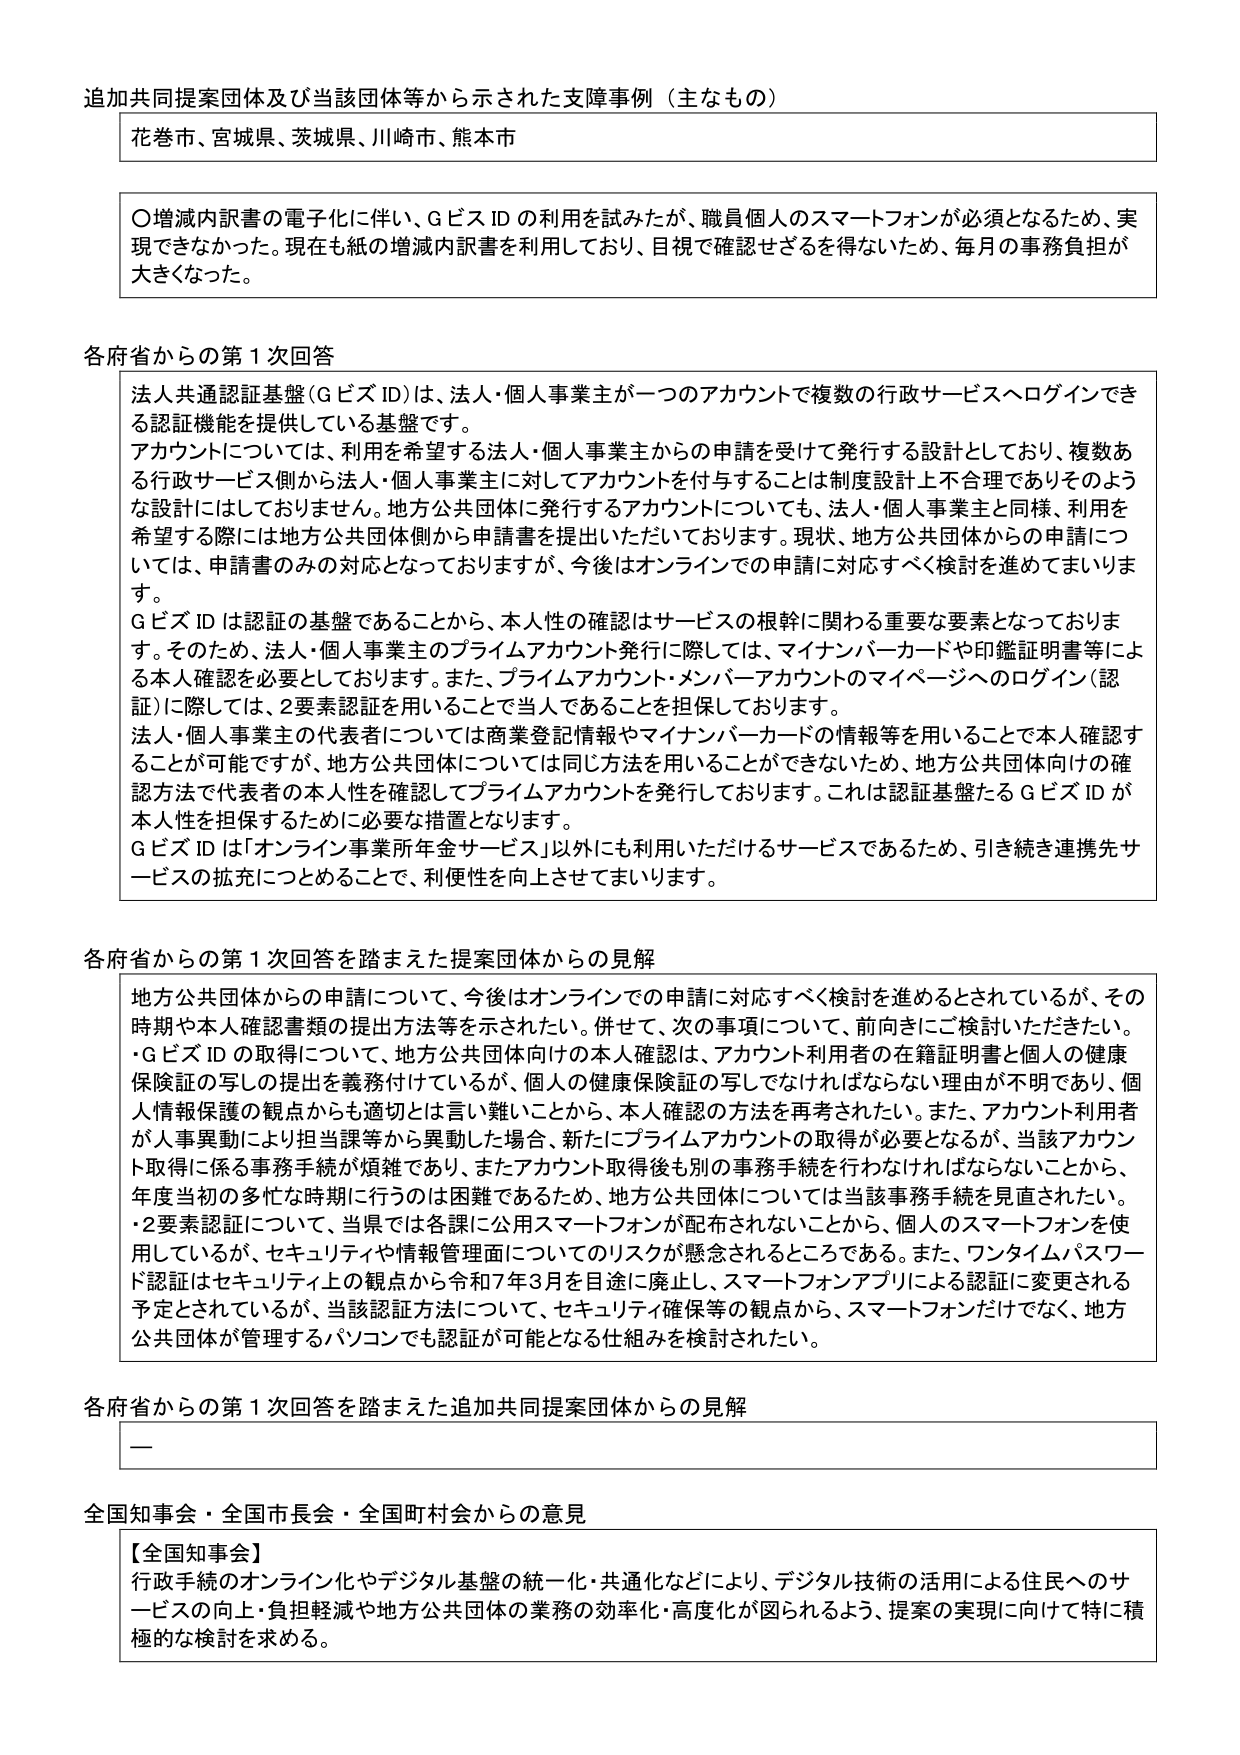
追加共同提案団体及び当該団体等から示された支障事例（主なもの）

花巻市、宮城県、茨城県、川崎市、熊本市

〇増減内訳書の電子化に伴い、GビズIDの利用を試みたが、職員個人のスマートフォンが必須となるため、実現できなかった。現在も紙の増減内訳書を利用しており、目視で確認せざるを得ないため、毎月の事務負担が大きくなった。

各府省からの第1次回答

法人共通認証基盤（GビズID）は、法人・個人事業主が一つのアカウントで複数の行政サービスへログインできる認証機能を提供している基盤です。
アカウントについては、利用を希望する法人・個人事業主からの申請を受けて発行する設計としており、複数ある行政サービス側から法人・個人事業主に対してアカウントを付与することは制度設計上不合理であり、そのような設計にはしておりません。地方公共団体に発行するアカウントについては、法人・個人事業主と同様、利用を希望する際には地方公共団体側から申請書を提出いただいております。現状、地方公共団体からの申請については、申請書のみの対応となっておりますが、今後はオンラインでの申請に対応すべく検討を進めてまいります。
GビズIDは認証の基盤であることから、本人性の確認はサービスの根幹に関わる重要な要素となっております。そのため、法人・個人事業主のプライムアカウント発行に際しては、マイナンバーカードや印鑑証明書等による本人確認を必要としております。また、プライムアカウント・メンバーアカウントのマイページへのログイン（認証）に際しては、2要素認証を用いることで当人であることを担保しております。
法人・個人事業主の代表者については商業登記情報やマイナンバーカードの情報等を用いることで本人確認することが可能ですが、地方公共団体については同じ方法を用いることができないため、地方公共団体向けの確認方法で代表者の本人性を確認してプライムアカウントを発行しております。これは認証基盤たるGビズIDが本人性を担保するために必要な措置となります。
GビズIDは「オンライン事業所年金サービス」以外にも利用いただけるサービスであるため、引き続き連携先サービスの拡充につとめることで、利便性を向上させてまいります。

各府省からの第1次回答を踏まえた提案団体からの見解

地方公共団体からの申請について、今後はオンラインでの申請に対応すべく検討を進めるとされているが、その時期や本人確認書類の提出方法等を示されたい。併せて、次の事項について、前向きにご検討いただきたい。
・GビズIDの取得について、地方公共団体の本人確認は、アカウント利用者の在籍証明書と個人の健康保険証の写しの提出は義務付けているが、個人の健康保険証の写しではない理由が不明であり、個人情報保護の観点からも適切とは言い難いことから、本人確認の方法を再考されたい。また、アカウント利用者が人事異動により担当課等から異動した場合、新たにプライムアカウントの取得が必要となるが、当該アカウント取得に係る事務手続が煩雑であり、またアカウント取得後も別の事務手続を行わなければならないことから、年度当初の多忙な時期に行うのは困難であるため、地方公共団体については当該事務手続を見直されたい。
・2要素認証について、当県では各課に公用スマートフォンが配布されてないことから、個人のスマートフォンを使用しているが、セキュリティや情報管理面についてのリスクが懸念されるところである。また、ワンタイムパスワード認証はセキュリティの観点から令和7年3月を目途に廃止し、スマートフォンアプリによる認証に変更される予定とされているが、当該認証方法について、セキュリティ確保等の観点から、スマートフォンだけでなく、地方公共団体が管理するパソコンでも認証が可能となる仕組みを検討されたい。

各府省からの第1次回答を踏まえた追加共同提案団体からの見解

—

全国知事会・全国市長会・全国町村会からの意見

【全国知事会】
行政手続のオンライン化やデジタル基盤の統一・共通化などにより、デジタル技術の活用による住民へのサービスの向上・負担軽減や地方公共団体の業務の効率化・高度化が図られるよう、提案の実現に向けて特に積極的な検討を求める。